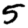
Digit: 5